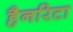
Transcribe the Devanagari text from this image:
हैनरिटा